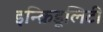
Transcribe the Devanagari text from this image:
इन्क्रिडूलिटी